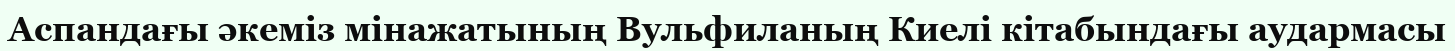
Аспандағы әкеміз мінажатының Вульфиланың Киелі кітабындағы аудармасы